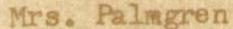
Mrs. Palmgren